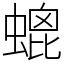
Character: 螕